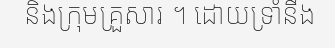
និងក្រុមគ្រួសារ ។ ដោយទ្រាំនឹង